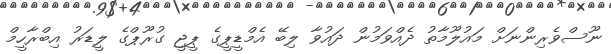
ނޫސްވެރިންނަށް މައުލޫމާތު ދެއްވަމުން ދައުވާ ލިބޭ އެމްޑީޕީގެ ޕީޖީ ގުރޫޕްގެ ލީޑަރު އިބްރާހީމް